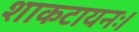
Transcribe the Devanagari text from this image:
शाकटायनः।